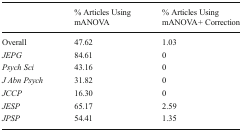
<table><thead><tr><td></td><td><b>% Articles Using mANOVA</b></td><td><b>% Articles Using mANOVA + Correction</b></td></tr></thead><tbody><tr><td>Overall</td><td>47.62</td><td>1.03</td></tr><tr><td><i>JEPG</i></td><td>84.61</td><td>0</td></tr><tr><td><i>Psych Sci</i></td><td>43.16</td><td>0</td></tr><tr><td><i>J Abn Psych</i></td><td>31.82</td><td>0</td></tr><tr><td><i>JCCP</i></td><td>16.30</td><td>0</td></tr><tr><td><i>JESP</i></td><td>65.17</td><td>2.59</td></tr><tr><td><i>JPSP</i></td><td>54.41</td><td>1.35</td></tr></tbody></table>